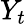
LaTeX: Y_{t}